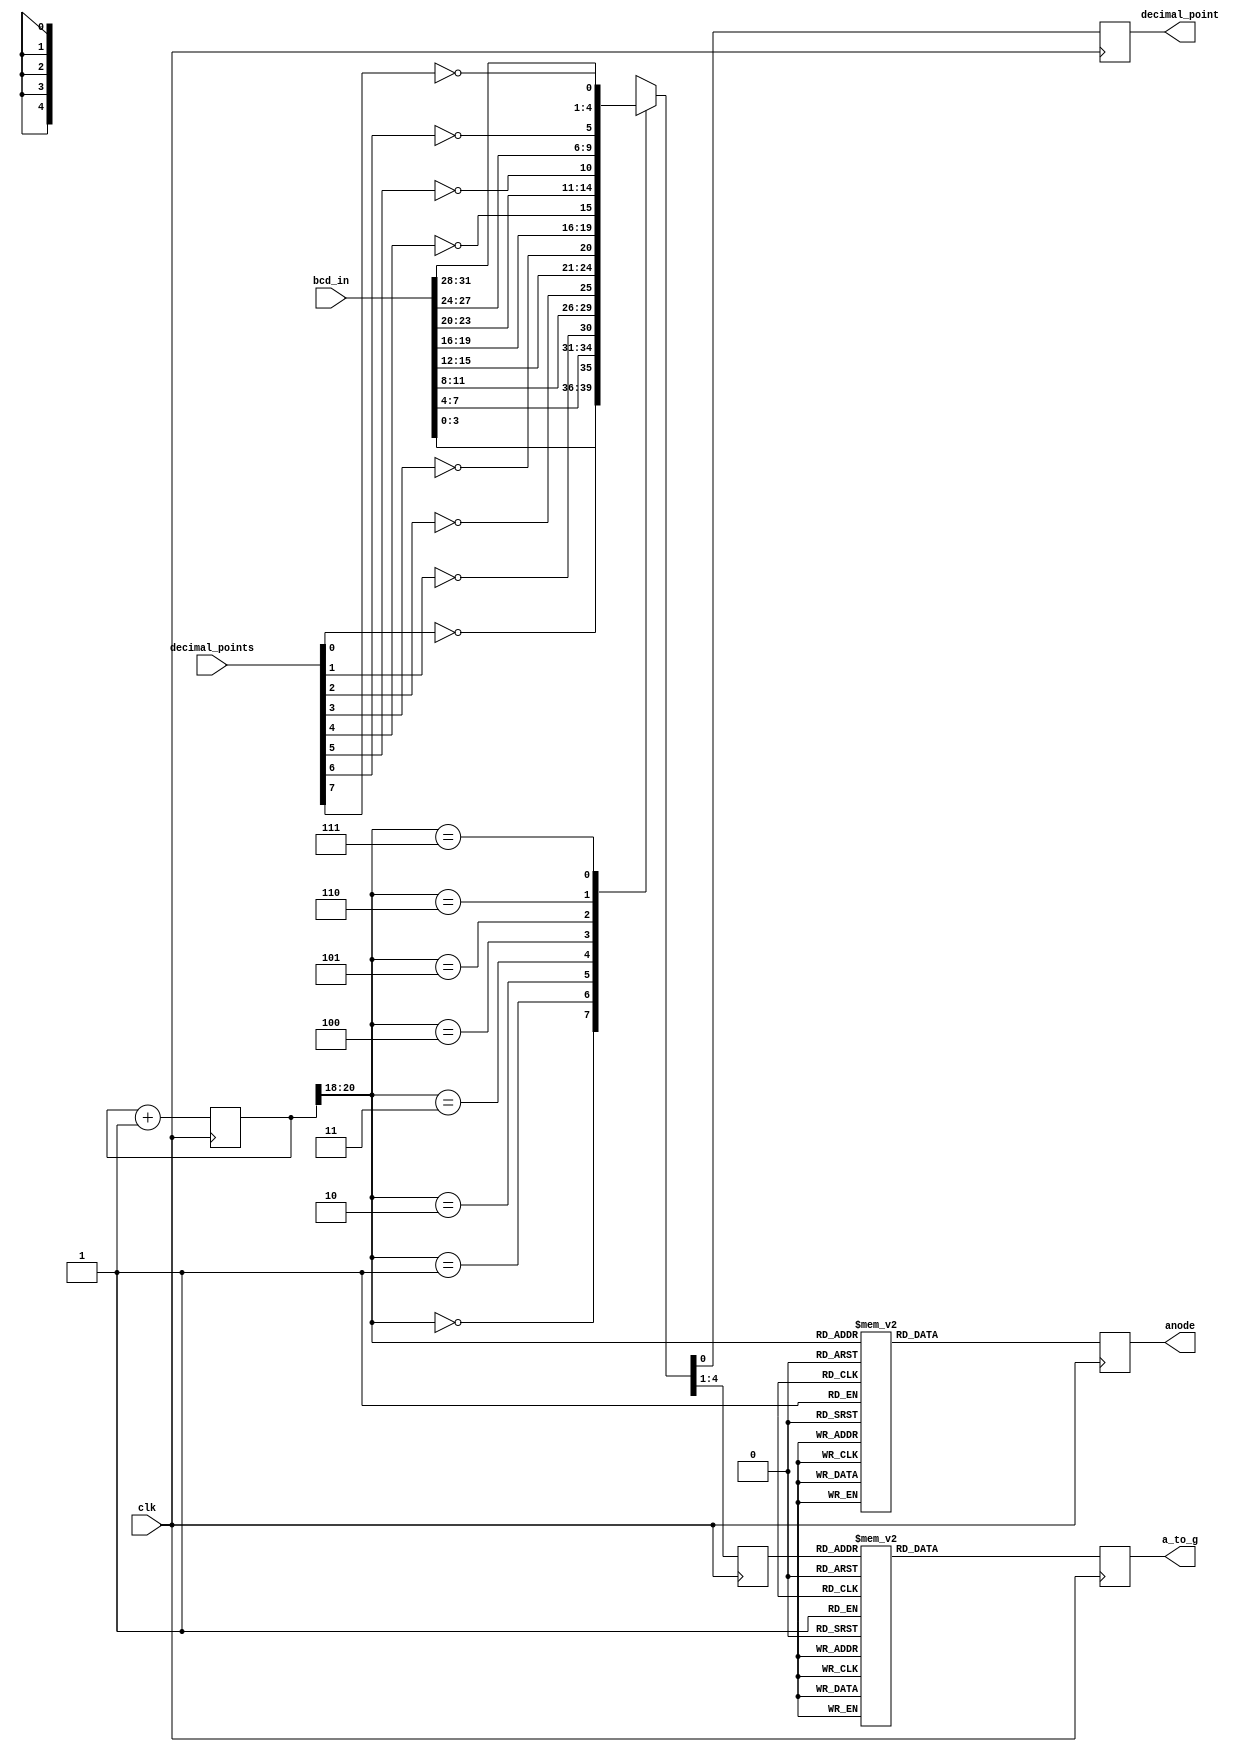
`timescale 1ns / 1ps
//////////////////////////////////////////////////////////////////////////////////
// Company: 
// Engineer: 
// 
// Design Name: 
// Module Name:    seven_segment_leds_x_8 
// Project Name: 
// Target Devices: 
// Tool versions: 
// Description: 
//
// Dependencies: 
//
// Revision: 
// Revision 0.01 - File Created
// Additional Comments:   Note that the segments are a_to_g with a in position 0, b in position 1, etc.
//                        The reverse assignments are commented out to the right.
//			  To turn off decimal point set the corresponding bit low.
//
//////////////////////////////////////////////////////////////////////////////////
module seven_segment_leds_x_8(
    input [31:0] bcd_in,
    input [7:0] decimal_points,
    input clk,
    output  reg [6:0] a_to_g,
    output reg decimal_point,
    output reg [7:0] anode 
    );

wire [2:0] counter;
reg [3:0] digit;
reg [20:0] clkdiv;	
	 

assign counter = clkdiv[20:18];   //count every 2.6 ms  (with 100 MHz clock)

//4 to 1 MUX
always @(posedge clk)
    case(counter)
	0: {digit, decimal_point} = {bcd_in[3:0], ~decimal_points[0]};
	1: {digit, decimal_point} = {bcd_in[7:4], ~decimal_points[1]};
	2: {digit, decimal_point} = {bcd_in[11:8], ~decimal_points[2]};
	3: {digit, decimal_point} = {bcd_in[15:12], ~decimal_points[3]};
	4: {digit, decimal_point} = {bcd_in[19:16], ~decimal_points[4]};
    	5: {digit, decimal_point} = {bcd_in[23:20], ~decimal_points[5]};
    	6: {digit, decimal_point} = {bcd_in[27:24], ~decimal_points[6]};
    	7: {digit, decimal_point} = {bcd_in[31:28], ~decimal_points[7]};
     endcase

//7-segment decoder 
always @(posedge clk)
     case(digit)
    	0: a_to_g = 8'b1000000;  //8'b0000001;
    	1: a_to_g = 8'b1111001;  //8'b1001111;
	2: a_to_g = 8'b0100100;  //8'b0010010;
	3: a_to_g = 8'b0110000;  //8'b0000110;
	4: a_to_g = 8'b0011001;  //8'b1001100;
	5: a_to_g = 8'b0010010;  //8'b0100100;
	6: a_to_g = 8'b0000010;  //8'b0100000;
	7: a_to_g = 8'b1111000;  //8'b0001111;
	8: a_to_g = 8'b0000000;  //8'b0000000;
	9: a_to_g = 8'b0010000;  //8'b0000100;
	default: a_to_g = 8'b11111111;  //default to blank
    endcase
	  
//digit selector
always @(posedge clk)
    case(counter)
        0: anode = 8'b11111110;
	1: anode = 8'b11111101;
	2: anode = 8'b11111011;
	3: anode = 8'b11110111;
	4: anode = 8'b11101111;
        5: anode = 8'b11011111;
        6: anode = 8'b10111111;
        7: anode = 8'b01111111;
	default: anode = 8'b11111111;  //all blank
     endcase
     
//clock divider 
always  @ (posedge clk)
   begin
	clkdiv <= clkdiv + 21'b1;
    end 
	  
endmodule